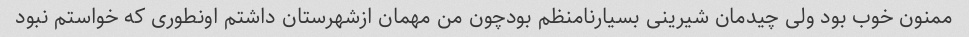
ممنون خوب بود ولی چیدمان شیرینی بسیارنامنظم بودچون من مهمان ازشهرستان داشتم اونطوری که خواستم نبود